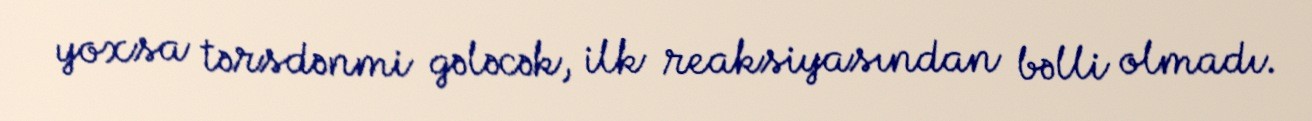
yoxsa tərsdənmi gələcək, ilk reaksiyasından bəlli olmadı.